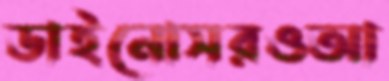
ডাইনোসরওআ